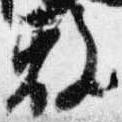
敷